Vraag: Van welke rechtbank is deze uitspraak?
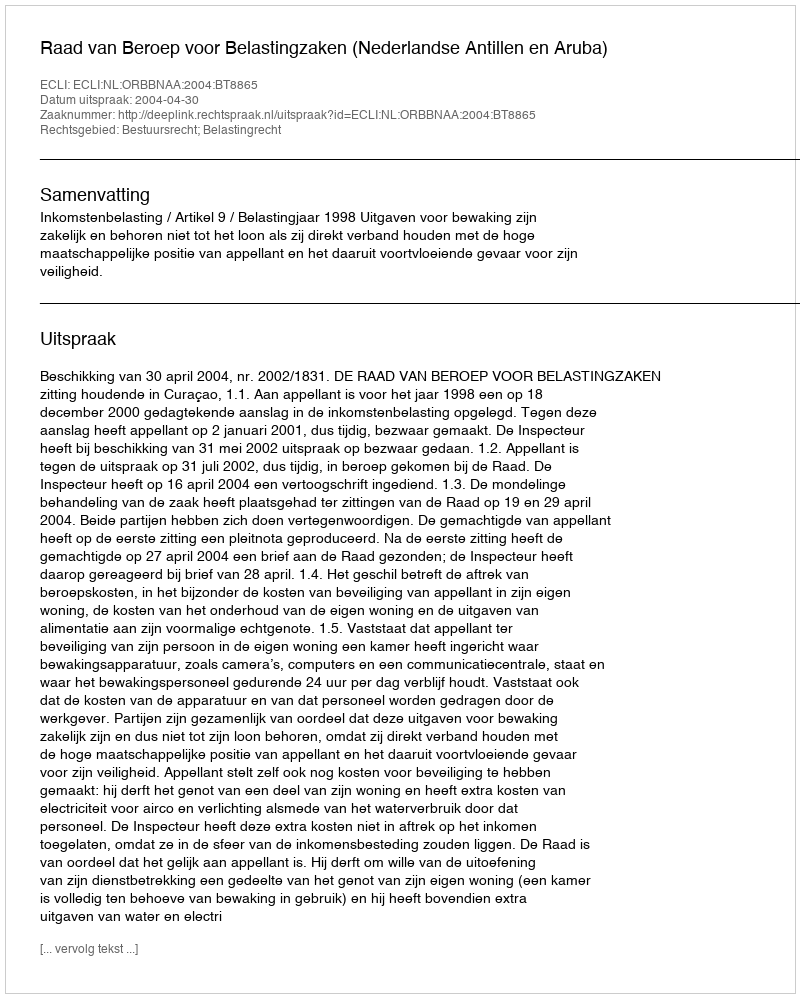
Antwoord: Raad van Beroep voor Belastingzaken (Nederlandse Antillen en Aruba)